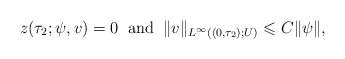
\begin{align*} z(\tau_2;\psi,v) =0\;\;\mbox{\rm and}\;\;\|v\|_{L^\infty((0, {\tau_2});U)}\leqslant C \|\psi\|,\end{align*}